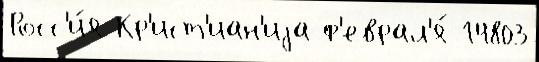
Росс'и́я Кр'ист'иан'иjа ф'еврал'я́ 14803